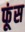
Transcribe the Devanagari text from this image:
फूंस